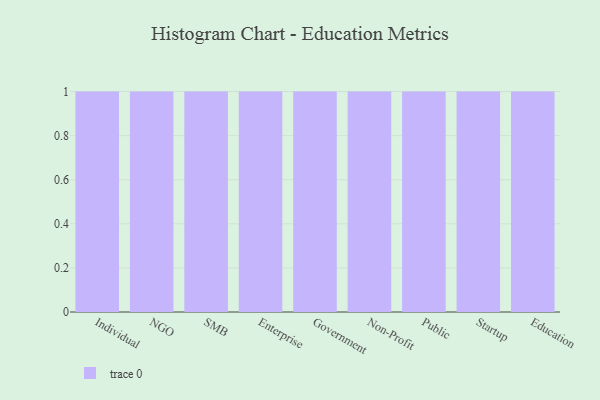
{"axis": {"x": "Segment", "y": "Bounce Rate (%)"}, "legend": [""], "data": [{"x": "Individual", "y": 20, "type": ""}, {"x": "NGO", "y": 36, "type": ""}, {"x": "SMB", "y": 12, "type": ""}, {"x": "Enterprise", "y": 93, "type": ""}, {"x": "Government", "y": 30, "type": ""}, {"x": "Non-Profit", "y": 56, "type": ""}, {"x": "Public", "y": 35, "type": ""}, {"x": "Startup", "y": 36, "type": ""}, {"x": "Education", "y": 54, "type": ""}]}